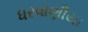
ધરવાણીયા